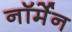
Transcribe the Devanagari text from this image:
नॉर्मेन